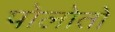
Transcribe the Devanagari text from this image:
पोलोतो